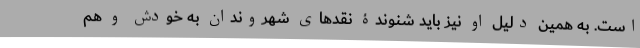
است. به همین دلیل او نیز باید شنوندۀ نقدهای شهروندان به خودش و هم